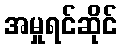
အမှုရင်ဆိုင်